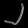
Digit: ၂